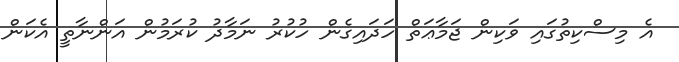
އެ މިސްކިތުގައި ވަކިން ޖަމާޢަތް ހަދައިގެން ހުކުރު ނަމާދު ކުރަމުން އަންނާތީ އެކަން